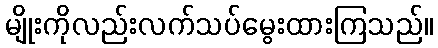
မျိုးကိုလည်းလက်သပ်မွေးထားကြသည်။